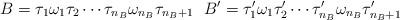
LaTeX: \begin{align*} B=\tau_1\omega_1\tau_2\cdots\tau_{n_B}\omega_{n_B}\tau_{n_B+1}\ \ B'=\tau'_1\omega_1\tau'_2\cdots\tau'_{n_B}\omega_{n_B}\tau'_{n_B+1} \end{align*}